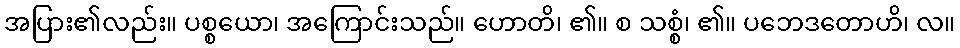
အပြား၏လည်း။ ပစ္စယော၊ အကြောင်းသည်။ ဟောတိ၊ ၏။ စ သစ္စံ၊ ၏။ ပဘေဒတောဟိ၊ လ။